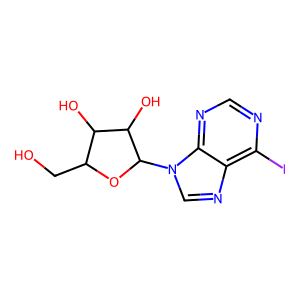
SMILES: OCC1OC(n2cnc3c(I)ncnc32)C(O)C1O
Inhibits HIV replication: No